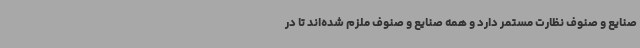
صنایع و صنوف نظارت مستمر دارد و همه صنایع و صنوف ملزم شده‌اند تا در